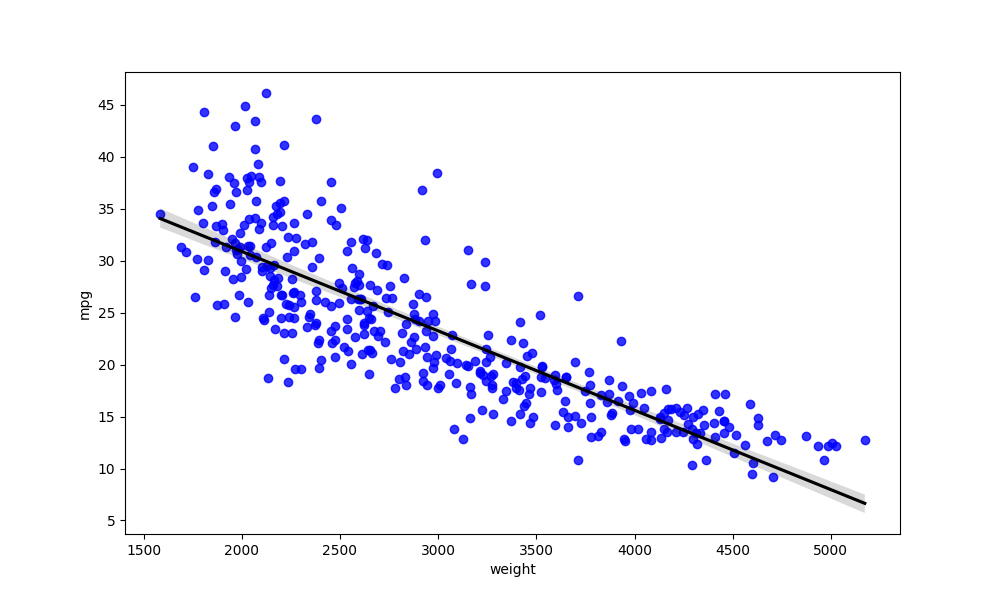
python, seaborn, regplot, order=1, ci=95, scatter_color=blue, line_color=black